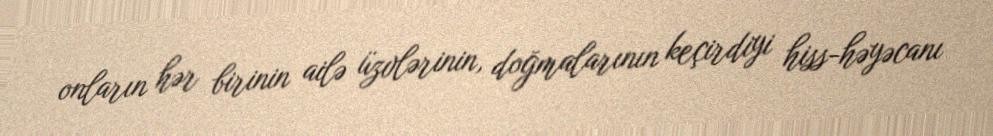
onların hər birinin ailə üzvlərinin, doğmalarının keçirdiyi hiss-həyəcanı